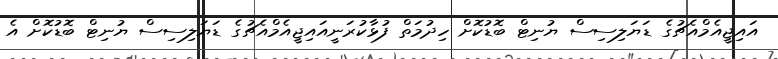
އައިޖީއެމްއެޗުގެ ޑަޔަލިސިސް ޔުނިޓް ބޮޑުކޮށް ހިދުމަތް ފުޅާކުރަނީއައިޖީއެމްއެޗުގެ ޑަޔަލިސިސް ޔުނިޓް ބޮޑުކޮށް އެ